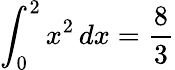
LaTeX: \int_{0}^{2}x^{2}\, dx={\frac{8}{3}}